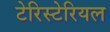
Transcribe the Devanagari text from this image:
टेरिस्टेरियल